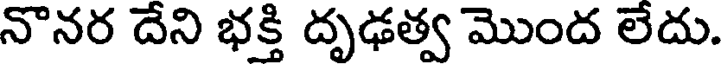
నొనర దేని భక్తి దృఢత్వ మొంద లేదు.